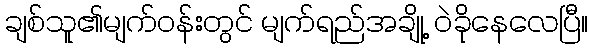
ချစ်သူ၏မျက်ဝန်းတွင် မျက်ရည်အချို့ ဝဲခိုနေလေပြီ။